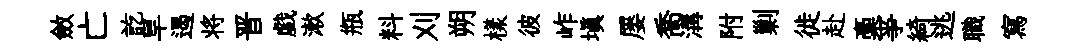
斂亡訖旱遏将晋戯漱瓶料刈朔樣彼岞填屡喬溝附剿徙赴稾亊綺逃職寫